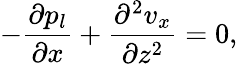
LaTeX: -\frac{\partial p_{l}}{\partial x}+\frac{\partial^{2}v_{x}}{\partial z^{2}}=0,